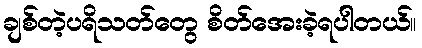
ချစ်တဲ့ပရိသတ်တွေ စိတ်အေးခဲ့ရပါတယ်။